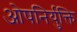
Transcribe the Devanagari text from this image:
ओषनिर्युक्ति